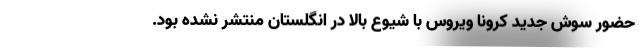
حضور سوش جدید کرونا ویروس با شیوع بالا در انگلستان منتشر نشده بود.